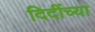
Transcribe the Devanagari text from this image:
दिदींच्या